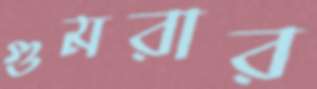
গুমরার